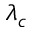
\lambda _ { c }